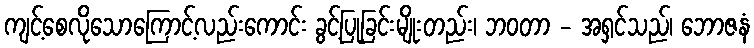
ကျင့်စေလိုသောကြောင့်လည်းကောင်း ခွင့်ပြုခြင်းမျိုးတည်း၊ ဘဝတာ - အရှင်သည်၊ ဘောဇနံ